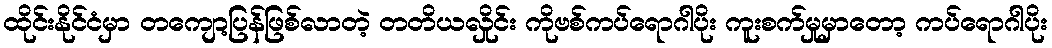
ထိုင်းနိုင်ငံမှာ တကျော့ပြန်ဖြစ်လာတဲ့ တတိယလှိုင်း ကိုဗစ်ကပ်ရောဂါပိုး ကူးစက်မှုမှာတော့ ကပ်ရောဂါပိုး